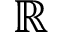
\mathbb { R }